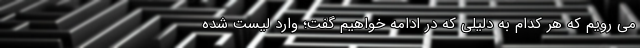
می رویم که هر کدام به دلیلی که در ادامه خواهیم گفت؛ وارد لیست شده